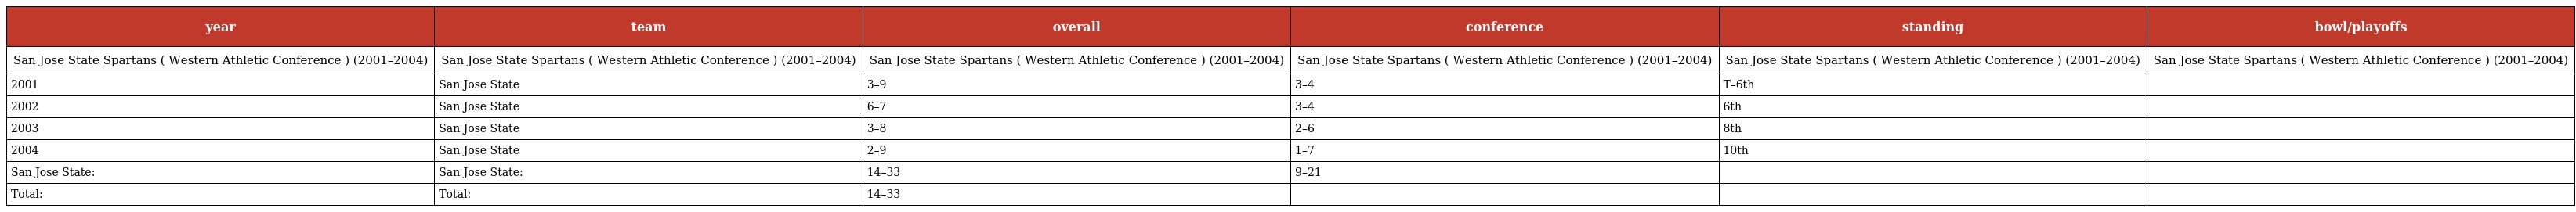
| year | team | overall | conference | standing | bowl/playoffs |
 | --- | --- | --- | --- | --- | --- |
 | San Jose State Spartans ( Western Athletic Conference ) (2001–2004) | San Jose State Spartans ( Western Athletic Conference ) (2001–2004) | San Jose State Spartans ( Western Athletic Conference ) (2001–2004) | San Jose State Spartans ( Western Athletic Conference ) (2001–2004) | San Jose State Spartans ( Western Athletic Conference ) (2001–2004) | San Jose State Spartans ( Western Athletic Conference ) (2001–2004) |
 | 2001 | San Jose State | 3–9 | 3–4 | T–6th |  |
 | 2002 | San Jose State | 6–7 | 3–4 | 6th |  |
 | 2003 | San Jose State | 3–8 | 2–6 | 8th |  |
 | 2004 | San Jose State | 2–9 | 1–7 | 10th |  |
 | San Jose State: | San Jose State: | 14–33 | 9–21 |  |  |
 | Total: | Total: | 14–33 |  |  |  |